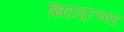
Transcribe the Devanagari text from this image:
खिद्रापूरच्या